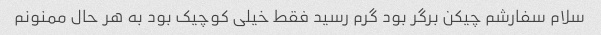
سلام سفارشم چیکن برگر بود گرم رسید فقط خیلی کوچیک بود به هر حال ممنونم